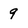
Character: 9